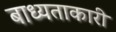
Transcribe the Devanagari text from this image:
बाध्यताकारी